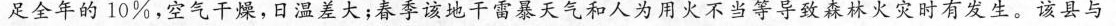
足全年的10%，空气干燥，日温差大；春季该地干雷暴天气和人为用火不当等导致森林火灾时有发生。该县与